Source: Handwritten
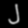
Digit: ၂ (2)